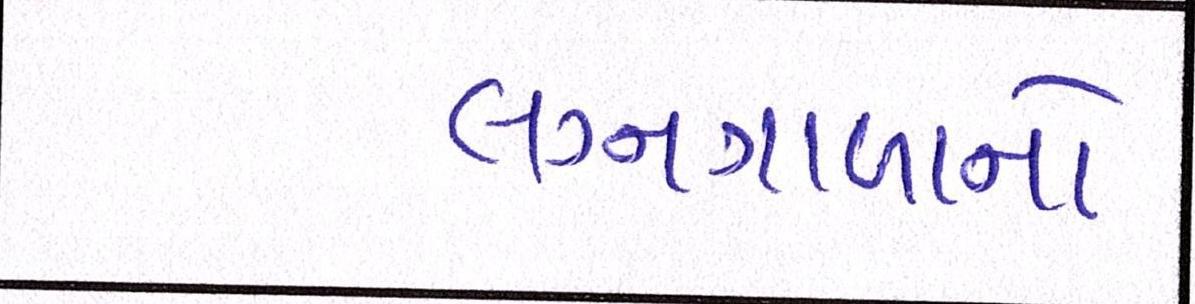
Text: લગ્નગાળાનો